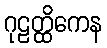
ဂုဠတ္ထိကေန